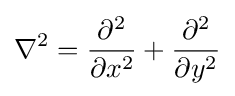
\nabla ^{2}={\frac {\partial ^{2}}{\partial x^{2}}}+{\frac {\partial ^{2}}{\partial y^{2}}}